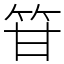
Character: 䇞